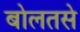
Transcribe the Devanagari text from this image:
बोलतसे